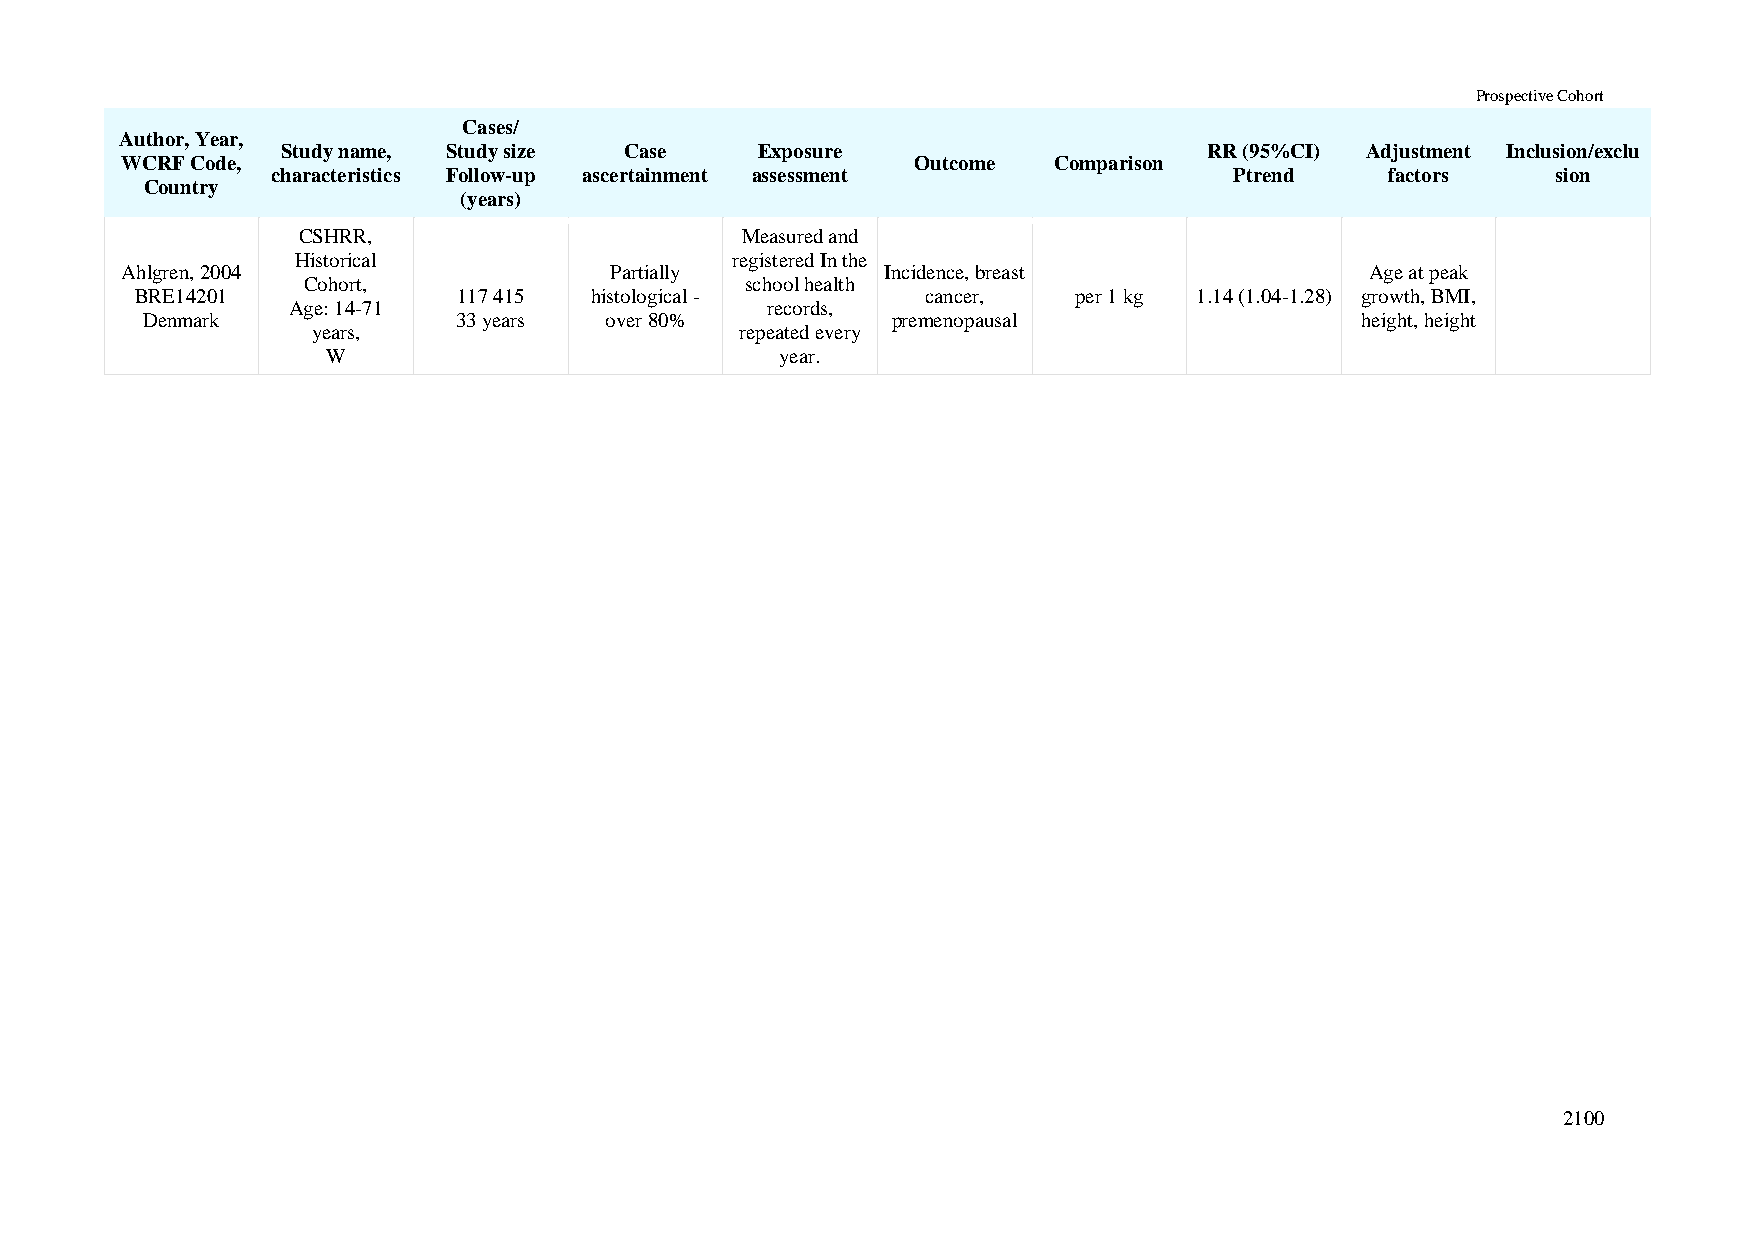
Prospective Cohort
 Cases/
 Author, Year,
 Study name, Study size Case    Exposure                      RR (95%CI) Adjustment Inclusion/exclu
 WCRF Code,                                           Outcome  Comparison
 characteristics Follow-up ascertainment assessment              Ptrend    factors    sion
 Country
 (years)
 CSHRR,                       Measured and
 Historical                  registered In the
 Ahlgren, 2004                   Partially          Incidence, breast               Age at peak
 Cohort,                      school health
 BRE14201             117 415  histological -        cancer,   per 1 kg 1.14 (1.04-1.28) growth, BMI,
 Age: 14-71                      records,
 Denmark              33 years  over 80%           premenopausal                  height, height
 years,                      repeated every
 W                             year.
 2100